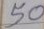
50